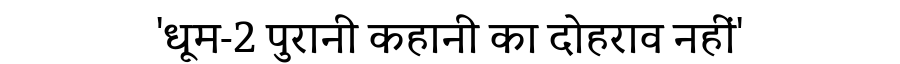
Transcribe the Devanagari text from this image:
'धूम-2 पुरानी कहानी का दोहराव नहीं'